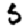
Digit: 5